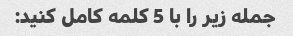
جمله زیر را با 5 کلمه کامل کنید: